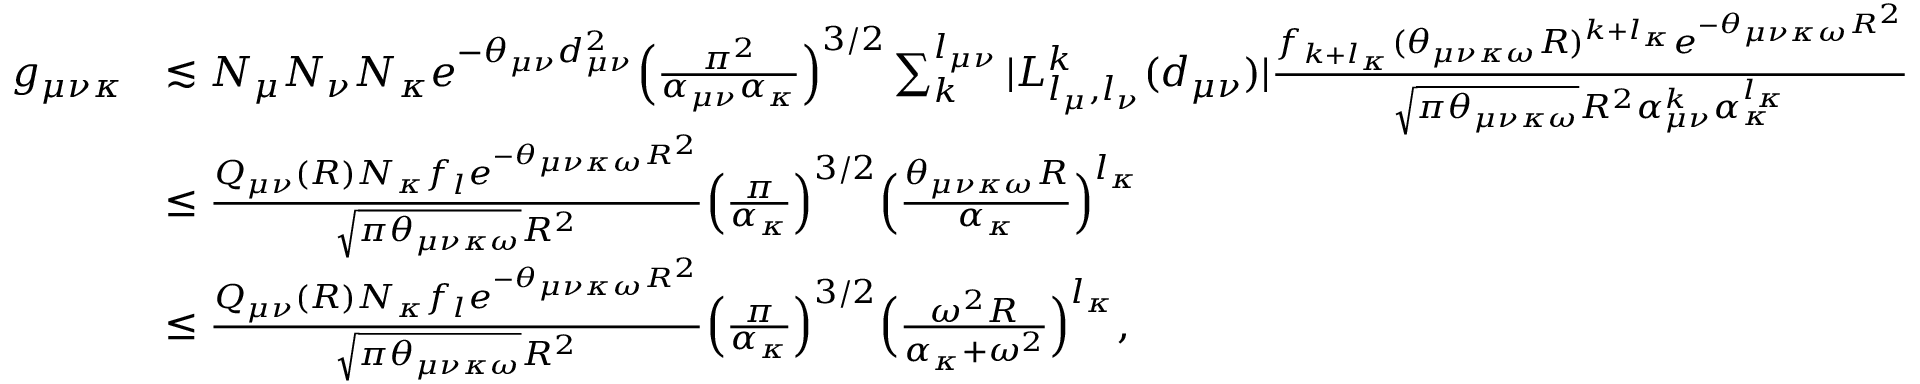
\begin{array} { r l } { g _ { \mu \nu \kappa } } & { \lesssim N _ { \mu } N _ { \nu } N _ { \kappa } e ^ { - \theta _ { \mu \nu } d _ { \mu \nu } ^ { 2 } } \Big ( \frac { \pi ^ { 2 } } { \alpha _ { \mu \nu } \alpha _ { \kappa } } \Big ) ^ { 3 / 2 } \sum _ { k } ^ { l _ { \mu \nu } } | L _ { l _ { \mu } , l _ { \nu } } ^ { k } ( d _ { \mu \nu } ) | \frac { f _ { k + l _ { \kappa } } ( \theta _ { \mu \nu \kappa \omega } R ) ^ { k + l _ { \kappa } } e ^ { - \theta _ { \mu \nu \kappa \omega } R ^ { 2 } } } { \sqrt { \pi \theta _ { \mu \nu \kappa \omega } } R ^ { 2 } \alpha _ { \mu \nu } ^ { k } \alpha _ { \kappa } ^ { l _ { \kappa } } } } \\ & { \leq \frac { Q _ { \mu \nu } ( R ) N _ { \kappa } f _ { l } e ^ { - \theta _ { \mu \nu \kappa \omega } R ^ { 2 } } } { \sqrt { \pi \theta _ { \mu \nu \kappa \omega } } R ^ { 2 } } \Big ( \frac { \pi } { \alpha _ { \kappa } } \Big ) ^ { 3 / 2 } \Big ( \frac { \theta _ { \mu \nu \kappa \omega } R } { \alpha _ { \kappa } } \Big ) ^ { l _ { \kappa } } } \\ & { \leq \frac { Q _ { \mu \nu } ( R ) N _ { \kappa } f _ { l } e ^ { - \theta _ { \mu \nu \kappa \omega } R ^ { 2 } } } { \sqrt { \pi \theta _ { \mu \nu \kappa \omega } } R ^ { 2 } } \Big ( \frac { \pi } { \alpha _ { \kappa } } \Big ) ^ { 3 / 2 } \Big ( \frac { \omega ^ { 2 } R } { \alpha _ { \kappa } + \omega ^ { 2 } } \Big ) ^ { l _ { \kappa } } , } \end{array}